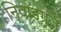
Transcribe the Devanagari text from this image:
निवाड़गंज